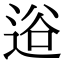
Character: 逧